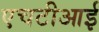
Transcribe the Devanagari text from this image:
एचटीआई